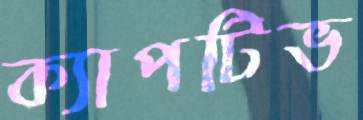
ক্যাপটিভ